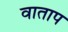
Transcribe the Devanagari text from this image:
वाताप